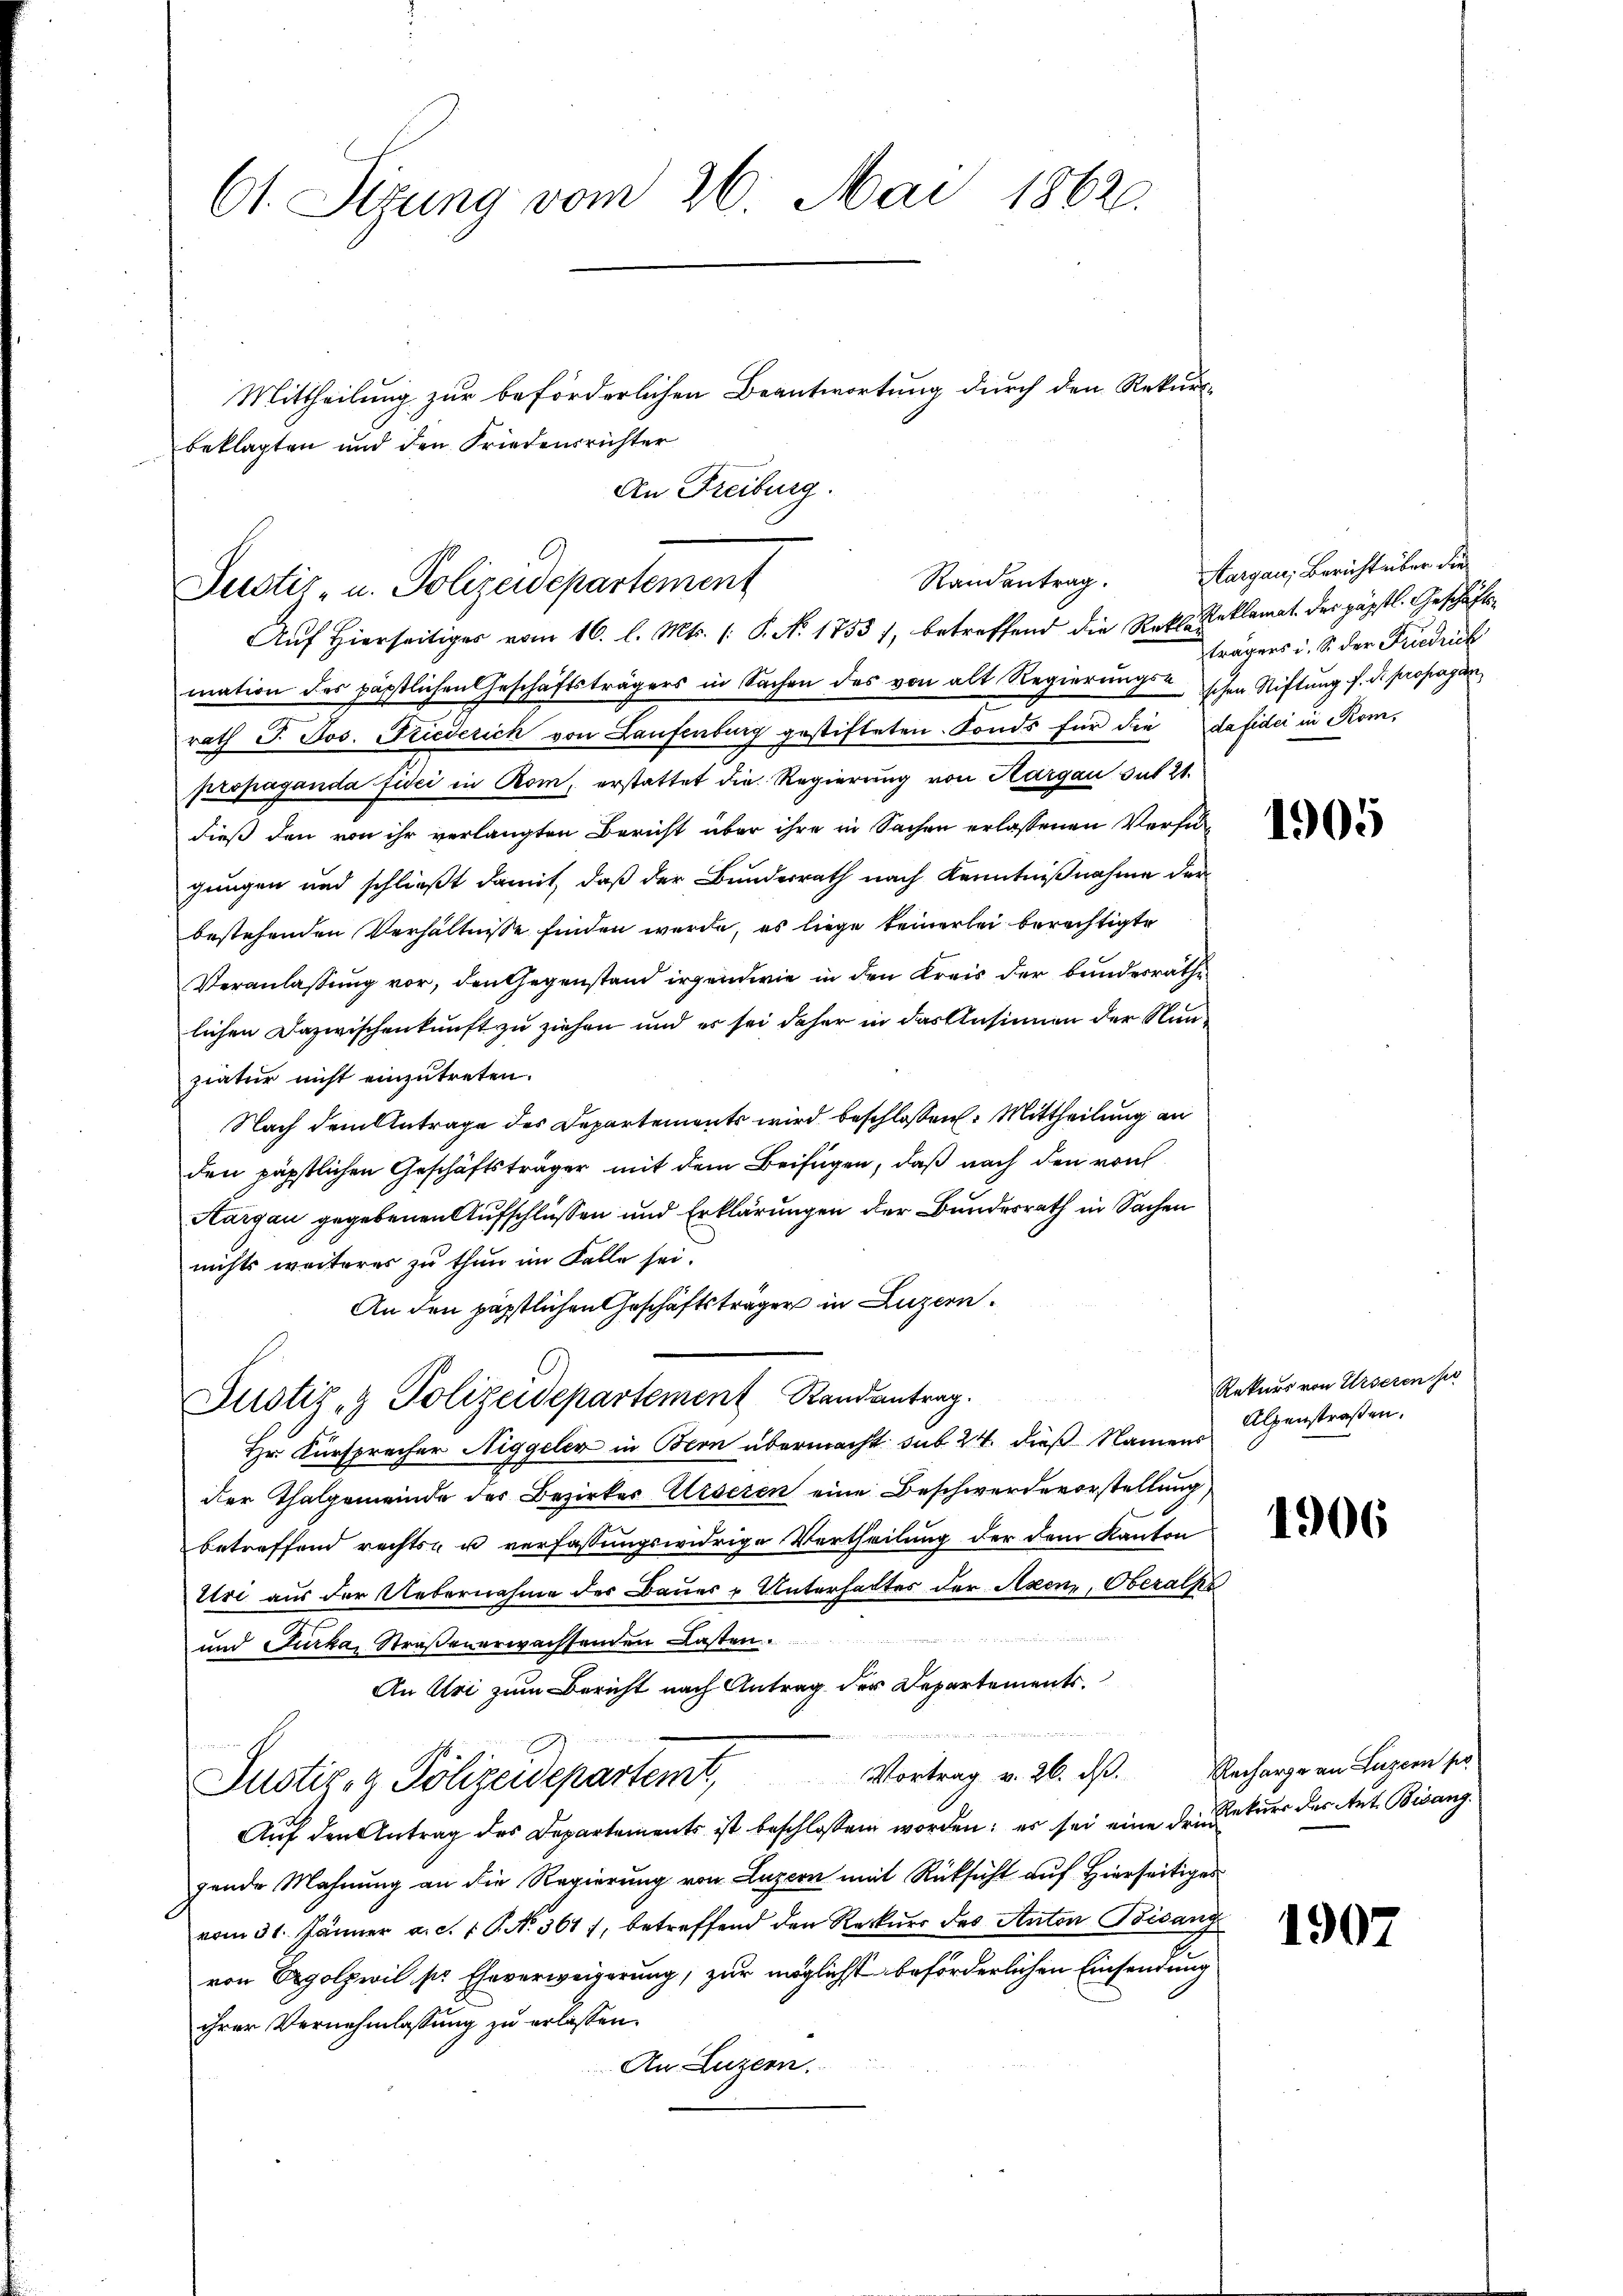
61. Sizung vom 26. Mai 1862.

Randentrag.
Justiz- u. Polizeidepartement
Aŭf Hierseitiges vom 16. l. Mts. (: P. N. 1753 /, betreffend die Rekl. Reklamat des päpstl. Geschäfts¬

Mittheilung zur beförderlichen Beantwortung durch den Rekursbeklagten und den Friedensrichter
An Freiburg.

Justiz- & Polizeidepartement Randantrag.

mation des päpstlichen Geschäftsträgers in Sachen des von alt Regierŭngs- schen Stiftŭng f. d. Propagan
rath J. Jos. Niederich von Laufenburg gestifteten Fonds für die dafidei in Kompropaganda fidei in Rom, erstattet die Regierung von Kargau sut 21.
dieß den von ihr verlangten Bericht über ihre in Sachen erlassenen Verfügungen und schließt damit, daß der Bundesrath nach Kenntnißnahme der
bestehenden Verhältnisse finden werde, es liege keinerlei berechtigte
Veranlassung vor, den Gegenstand irgendwie in den Kreis der Bunderräthe
lichen Dazwischenkunft zu ziehen und er sei daher in das Ansinnen der Numziatur nicht einzutreten.
Nach dem Antrage des Departements wird beschlossen: Mittheilung an
den päpstlichen Geschäftsträger mit dem Beifügen, daß nach den von
Aargau gegebenen Aufschlüssen und Erklärungen der Bundesrath in Sachen
nichts weiteres zu thun im Falle sei.
An den päpstlichen Geschäftsträger in Luzern.
Hr. Kursprecher Niggeler in Bern übermacht sub 24. dieß Namens
der Thalgemeinde des Bezirker Urseren eine Beschwerde vorstellung,
betreffend rechts- u verfassungswidrige Vertheilung der dem Kanton
Uri aus der Uebernahme der Baues u Unterhaltes der Axenz, Oberathe

und Furka, Straßenerwachsenden Lasten.
An Uri zum Bericht nach Antrag der Departements.
Vortrag v. 26. d. Recharge an Luzern po
Justiz- & Polizeidepartemt,
Auf den Antrag des Departements ist beschlossen worden; es sei eine der Rekurs der Art. Bisanggende Mahnung an die Regierung von Luzern mit Rücksicht auf Hierseitiges
vom 31. Jänner a. c. 1 P. N. 361), betreffend den Rekurs des Anton Bisang
von Egolzwil ser Eheverweigerung, zur möglichst beförderlichen Einsendung
ihrer Vernehmlassung zu erlassen.
An Luzern.

Aargau, Bericht über die
trägers u. S. der Fundrich

1905

Rekurs von Urseren sie
Alpenstraßen.

1906

1907